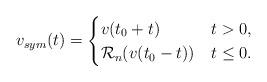
LaTeX: \begin{align*}v_{sym}(t)=\begin{cases}{v}(t_0+t)&t>0,\\\mathcal R_n({v}(t_0-t))&t\leq 0.\end{cases}\end{align*}